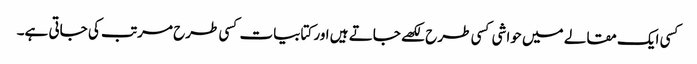
کسی ایک مقالے میں حواشی کسی طرح لکھے جاتے ہیں اور کتابیات کسی طرح مرتب کی جاتی ہے۔